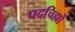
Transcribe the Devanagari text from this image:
पदचिह्मों